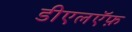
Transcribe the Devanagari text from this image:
डीएलऍफ़